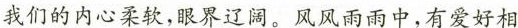
我们的内心柔款，眼界辽阁。风风雨雨中，有爱好相